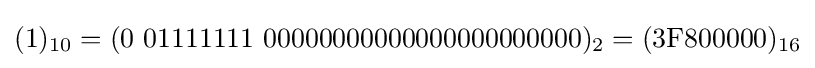
(1)_{10}=(0\ 01111111\ 00000000000000000000000)_{2}=({\text{3F800000}})_{16}